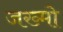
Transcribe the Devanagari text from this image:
जख्मो